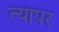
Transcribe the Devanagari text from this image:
त्यापर